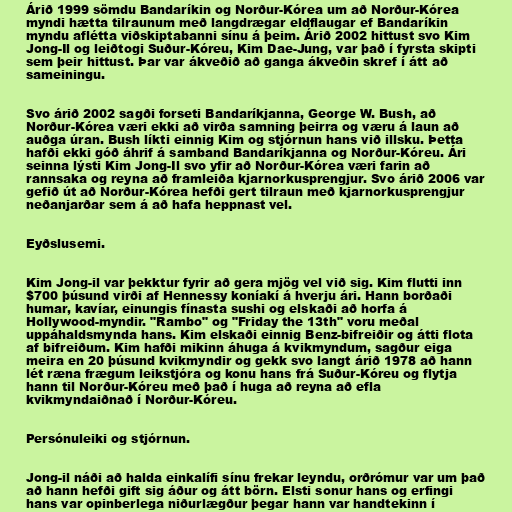
Árið 1999 sömdu Bandaríkin og Norður-Kórea um að Norður-Kórea
myndi hætta tilraunum með langdrægar eldflaugar ef Bandaríkin
myndu aflétta viðskiptabanni sínu á þeim. Árið 2002 hittust svo Kim
Jong-Il og leiðtogi Suður-Kóreu, Kim Dae-Jung, var það í fyrsta skipti
sem þeir hittust. Þar var ákveðið að ganga ákveðin skref í átt að
sameiningu.

Svo árið 2002 sagði forseti Bandaríkjanna, George W. Bush, að
Norður-Kórea væri ekki að virða samning þeirra og væru á laun að
auðga úran. Bush líkti einnig Kim og stjórnun hans við illsku. Þetta
hafði ekki góð áhrif á samband Bandaríkjanna og Norður-Kóreu. Ári
seinna lýsti Kim Jong-Il svo yfir að Norður-Kórea væri farin að
rannsaka og reyna að framleiða kjarnorkusprengjur. Svo árið 2006 var
gefið út að Norður-Kórea hefði gert tilraun með kjarnorkusprengjur
neðanjarðar sem á að hafa heppnast vel.

Eyðslusemi.

Kim Jong-il var þekktur fyrir að gera mjög vel við sig. Kim flutti inn
$700 þúsund virði af Hennessy koníakí á hverju ári. Hann borðaði
humar, kavíar, einungis fínasta sushi og elskaði að horfa á
Hollywood-myndir. "Rambo" og "Friday the 13th" voru meðal
uppáhaldsmynda hans. Kim elskaði einnig Benz-bifreiðir og átti flota
af bifreiðum. Kim hafði mikinn áhuga á kvikmyndum, sagður eiga
meira en 20 þúsund kvikmyndir og gekk svo langt árið 1978 að hann
lét ræna frægum leikstjóra og konu hans frá Suður-Kóreu og flytja
hann til Norður-Kóreu með það í huga að reyna að efla
kvikmyndaiðnað í Norður-Kóreu.

Persónuleiki og stjórnun.

Jong-il náði að halda einkalífi sínu frekar leyndu, orðrómur var um það
að hann hefði gift sig áður og átt börn. Elsti sonur hans og erfingi
hans var opinberlega niðurlægður þegar hann var handtekinn í